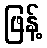
ဖြန့်